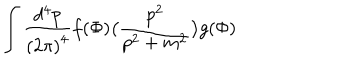
\int \frac { d ^ { 4 } p } { { ( 2 \pi ) } ^ { 4 } } f ( \Phi ) \big ( \frac { p ^ { 2 } } { p ^ { 2 } + m ^ { 2 } } \big ) g ( \Phi )